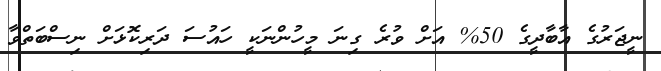
ނީޖަރުގެ އާބާދީގެ 50% އަށް ވުރެ ގިނަ މީހުންނަކީ ހައުސަ ދަރިކޮޅަށް ނިސްބަތްވާ